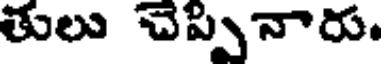
తులు చెప్పినారు.